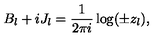
B _ { l } + i J _ { l } = \frac 1 { 2 \pi i } \log ( \pm z _ { l } ) ,